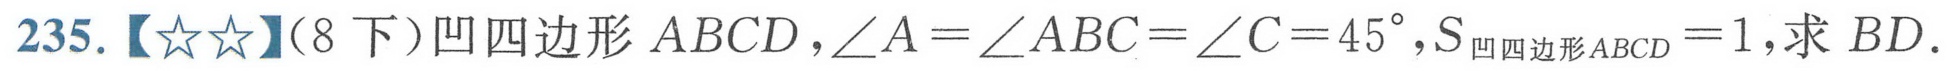
235.【★★】(8下)凹四边形\(ABCD\)，\(\angle A=\angle ABC = \angle C = 45^{\circ}\)，\(S_{凹四边形ABCD}=1\)，求\(BD\).